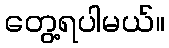
တွေ့ရပါမယ်။